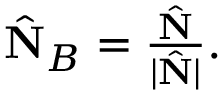
\begin{array} { r } { \hat { \bf N } _ { B } = \frac { \hat { \bf N } } { | \hat { \bf N } | } . } \end{array}